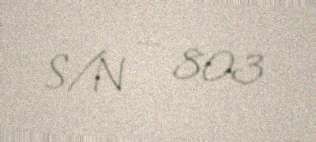
S/N — 803